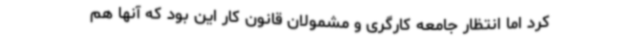
کرد اما انتظار جامعه کارگری و مشمولان قانون کار این بود که آنها هم